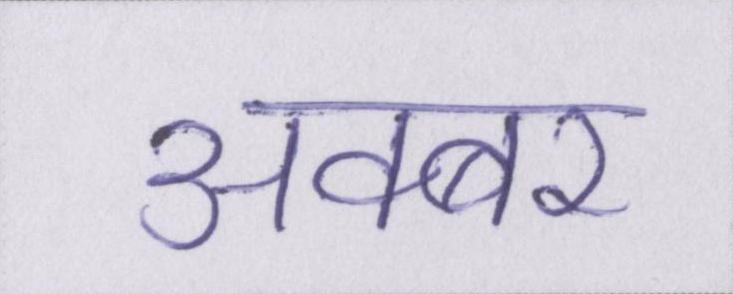
अक्बर